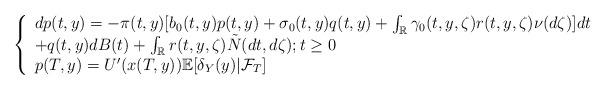
LaTeX: \begin{align*} \left\{ \begin{array}{l}dp(t,y)=- \pi(t,y) [b_0(t,y)p(t,y) +\sigma_0(t,y)q(t,y)+\int_{\mathbb{R}} \gamma_0(t,y,\zeta) r(t,y,\zeta)\nu(d\zeta) ]dt\\+q(t,y)dB(t)+\int_{\mathbb{R}}r(t,y,\zeta)\tilde{N}(dt,d\zeta); t\geq 0\\p(T,y)=U'(x(T,y))\mathbb{E}[\delta_Y(y)|\mathcal{F}_T] \end{array} \right.\end{align*}